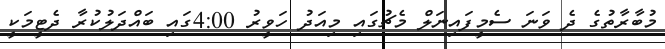
މުބާރާތުގެ ދެ ވަނަ ސެމީފައިނަލް މެޗުގައި މިއަދު ހަވީރު 4:00ގައި ބައްދަލުކުރާ ދެޓީމަކީ